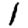
Digit: 1